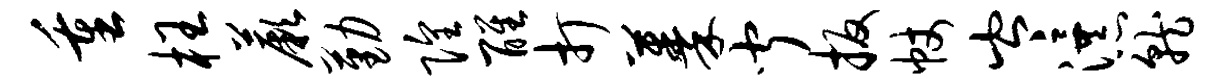
重枉蕨勤隍醒打蓁闻扳帐岑瀑就